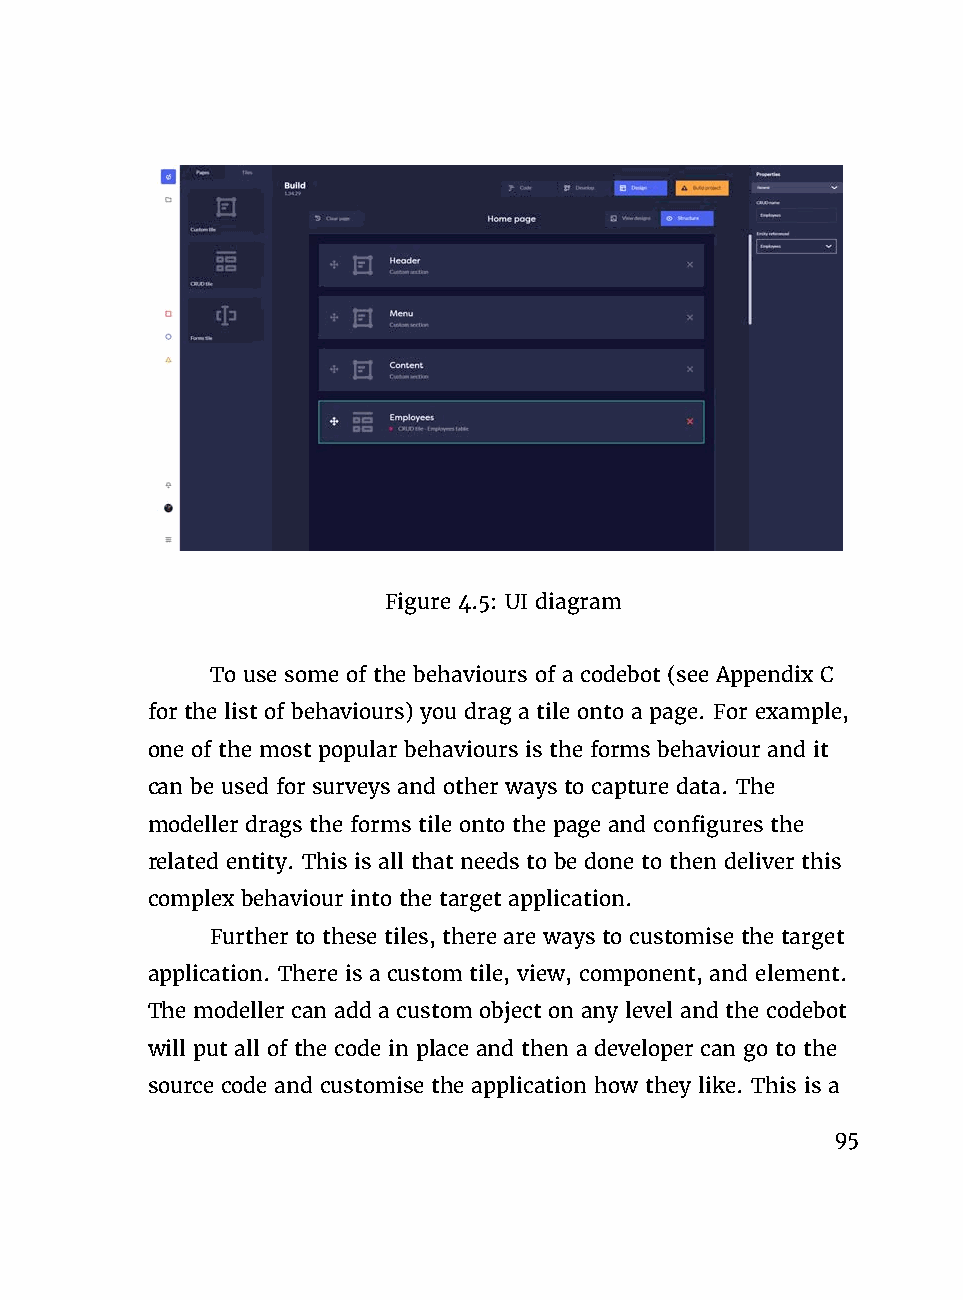
Figure 4.5: UI diagram
 To use some of the behaviours of a codebot (see Appendix C
 for the list of behaviours) you drag a tile onto a page. For example,
 one of the most popular behaviours is the forms behaviour and it
 can be used for surveys and other ways to capture data. The
 modeller drags the forms tile onto the page and configures the
 related entity. This is all that needs to be done to then deliver this
 complex behaviour into the target application.
 Further to these tiles, there are ways to customise the target
 application. There is a custom tile, view, component, and element.
 The modeller can add a custom object on any level and the codebot
 will put all of the code in place and then a developer can go to the
 source code and customise the application how they like. This is a
 95